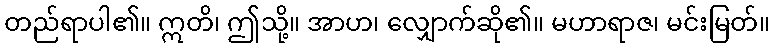
တည်ရာပါ၏။ ဣတိ၊ ဤသို့။ အာဟ၊ လျှောက်ဆို၏။ မဟာရာဇ၊ မင်းမြတ်။